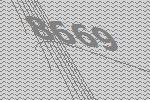
8669